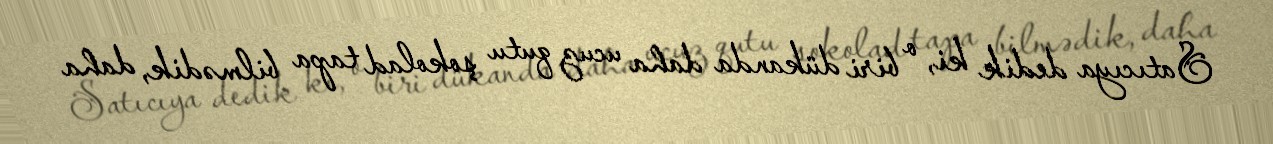
Satıcıya dedik ki, o biri dükanda daha ucuz qutu şokolad tapa bilmədik, daha